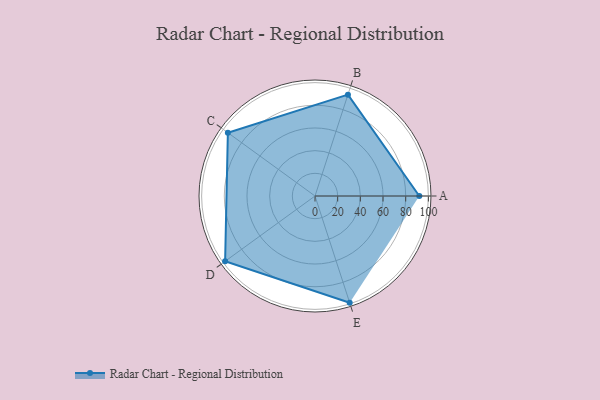
{"axis": {"x": "Skill", "y": "Score"}, "legend": ["Profile"], "data": [{"x": "A", "y": 92.0, "type": "Profile"}, {"x": "B", "y": 94.0, "type": "Profile"}, {"x": "C", "y": 95.0, "type": "Profile"}, {"x": "D", "y": 98.0, "type": "Profile"}, {"x": "E", "y": 99, "type": "Profile"}]}